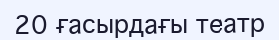
20 ғасырдағы театр